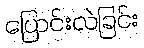
ပြောင်းလဲခြင်း